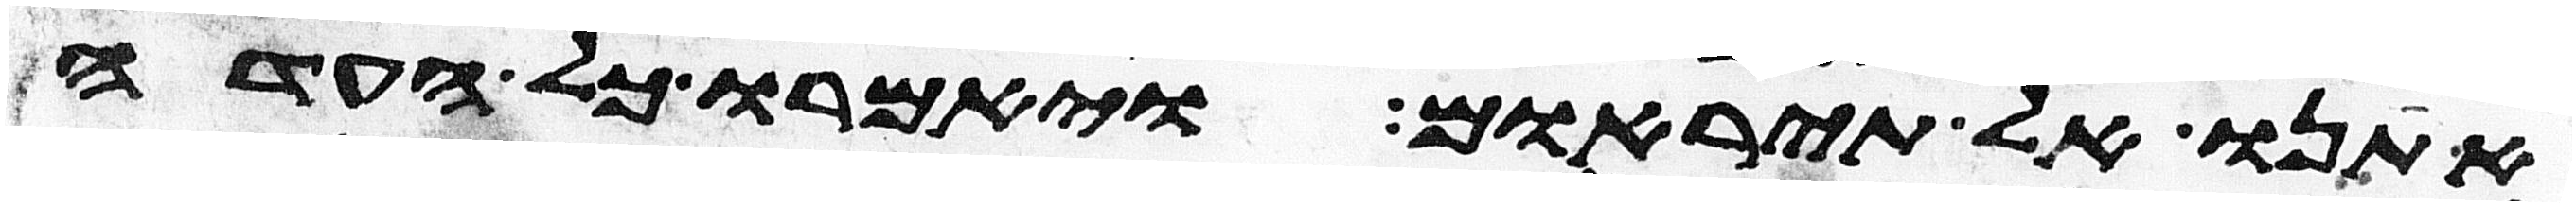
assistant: אתנו אל תיראום ויאמרו כל העדה